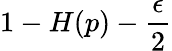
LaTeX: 1-H(p)-{\frac{\epsilon}{2}}